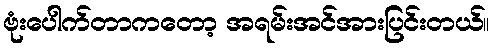
ဗုံးပေါက်တာကတော့ အရမ်းအင်အားပြင်းတယ်။